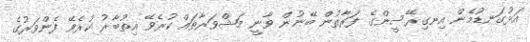
އަޅުގަނޑުމެން އިނގިރޭސީންގެ ފަރާތުން ބޭނުން ވާނީ މަޝްވަރާތައް ކުރެވޭ އިތުބާރު ކުރެވޭ ފެންވަރުގެ